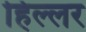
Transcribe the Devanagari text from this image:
हिल्लर